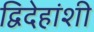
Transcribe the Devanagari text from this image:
द्विदेहांशी